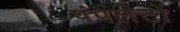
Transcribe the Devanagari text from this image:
पंपलेटों